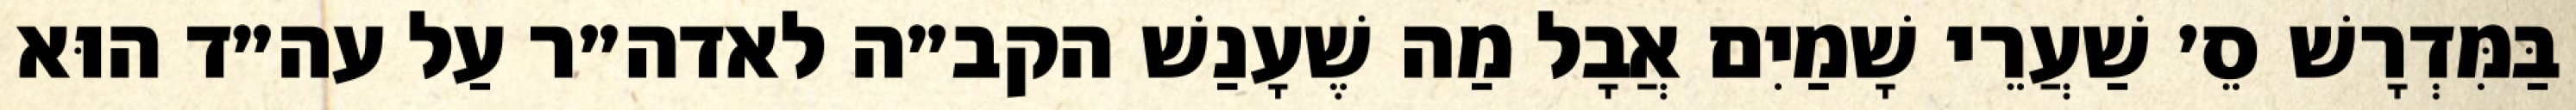
בַּמִּדְרָשׁ סֵ׳ שַׁעֲרֵי שָׁמַיִם אֲבָל מַה שֶׁעָנַשׁ הקב״ה לאדה״ר עַל עה״ד הוּא